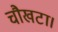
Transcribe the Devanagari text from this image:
चौखटा।